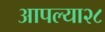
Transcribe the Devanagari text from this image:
आपल्या२८